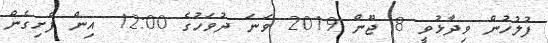
ފުލުހުން ވިދާޅުވީ 8 ޖޫން 2019 ވަނަ ދުވަހުގެ 12:00 އިން ފެށިގެން